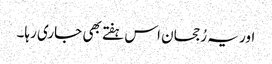
اور یہ رُجحان اس ہفتے بھی جاری رہا۔